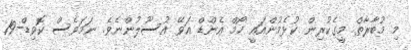
މި މުބާރާތް މީގެކުރިން ކުޅެމުންއައީ ހޯމް އެންޑް އަވޭ އުސޫލުންނެވެ. ނަމަވެސް ކޮވިޑް-19